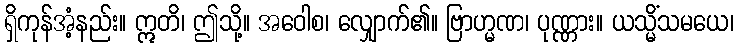
ရှိကုန်အံ့နည်း။ ဣတိ၊ ဤသို့။ အဝေါစ၊ လျှောက်၏။ ဗြာဟ္မဏ၊ ပုဏ္ဏား။ ယသ္မိံသမယေ၊